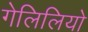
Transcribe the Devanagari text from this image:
गेलिलियो